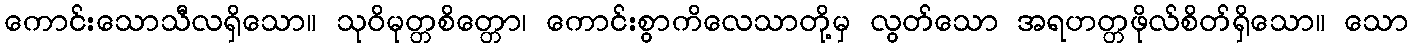
ကောင်းသောသီလရှိသော။ သုဝိမုတ္တစိတ္တော၊ ကောင်းစွာကိလေသာတို့မှ လွတ်သော အရဟတ္တဖိုလ်စိတ်ရှိသော။ သော